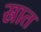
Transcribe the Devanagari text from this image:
स्रात